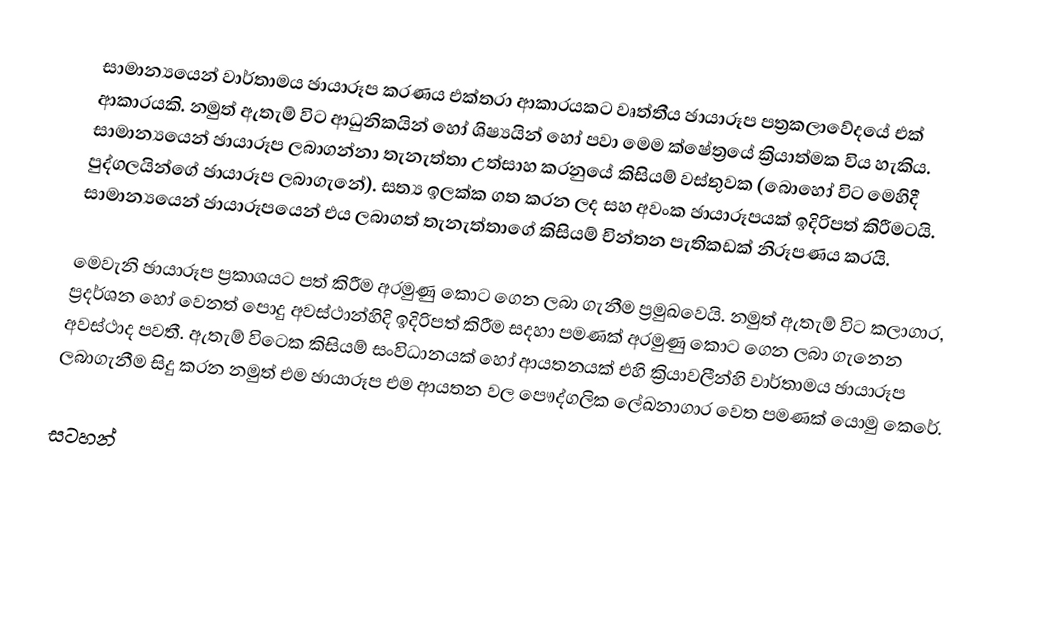
සාමාන්‍යයෙන් වාර්තාමය ඡායාරූප කරණය එක්තරා ආකාරයකට වෘත්තීය ඡායාරූප පත්‍රකලාවේදයේ එක් ආකාරයකි. නමුත් ඇතැම් විට ආධුනිකයින් හෝ ශිෂ්‍යයින් හෝ පවා මෙම ක්ෂේත්‍රයේ ක්‍රියාත්මක විය හැකිය. සාමාන්‍යයෙන් ඡායාරූප ලබාගන්නා තැනැත්තා උත්සාහ කරනුයේ කිසියම් වස්තුවක (බොහෝ විට මෙහිදී පුද්ගලයින්ගේ ඡායාරූප ලබාගැනේ). සත්‍ය ඉලක්ක ගත කරන ලද සහ අවංක ඡායාරූපයක් ඉදිරිපත් කිරීමටයි. සාමාන්‍යයෙන් ඡායාරූපයෙන් එය ලබාගත් තැනැත්තාගේ කිසියම් චින්තන පැතිකඩක් නිරූපණය කරයි.

මෙවැනි ඡායාරූප ප්‍රකාශයට පත් කිරීම අරමුණු කොට ගෙන ලබා ගැනීම ප්‍රමුඛවෙයි. නමුත් ඇතැම් විට කලාගාර, ප්‍රදර්ශන හෝ වෙනත් පොදු අවස්ථාන්හිදි ඉදිරිපත් කිරීම සදහා පමණක් අරමුණු කොට ගෙන ලබා ගැනෙන අවස්ථාද පවතී. ඇතැම් විටෙක කිසියම් සංවිධානයක් හෝ ආයතනයක් එහි ක්‍රියාවලීන්හි වාර්තාමය ඡායාරූප ලබාගැනීම සිදු කරන නමුත් එම ඡායාරූප එම ආයතන වල පෞද්ගලික ලේඛනාගාර වෙත පමණක් යොමු කෙරේ.

සටහන්